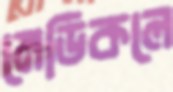
মেডিকলে